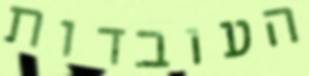
העובדות